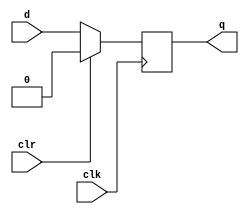
module dff_sync_clr
(
    input       clk,
    input       clr,
    input       d,
    output  reg q
);

    always @ (posedge clk)
        if (clr)
            q <= 0;
        else
            q <= d;
 
endmodule